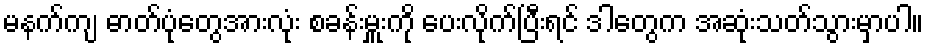
မနက်ကျ ဓာတ်ပုံတွေအားလုံး စခန်းမှူးကို ပေးလိုက်ပြီးရင် ဒါတွေက အဆုံးသတ်သွားမှာပါ။